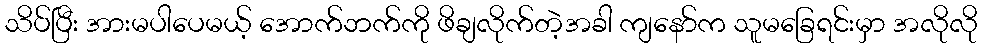
သိပ်ပြီး အားမပါပေမယ့် အောက်ဘက်ကို ဖိချလိုက်တဲ့အခါ ကျနော်က သူမခြေရင်းမှာ အလိုလို